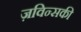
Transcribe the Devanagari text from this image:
ज़विन्सकी